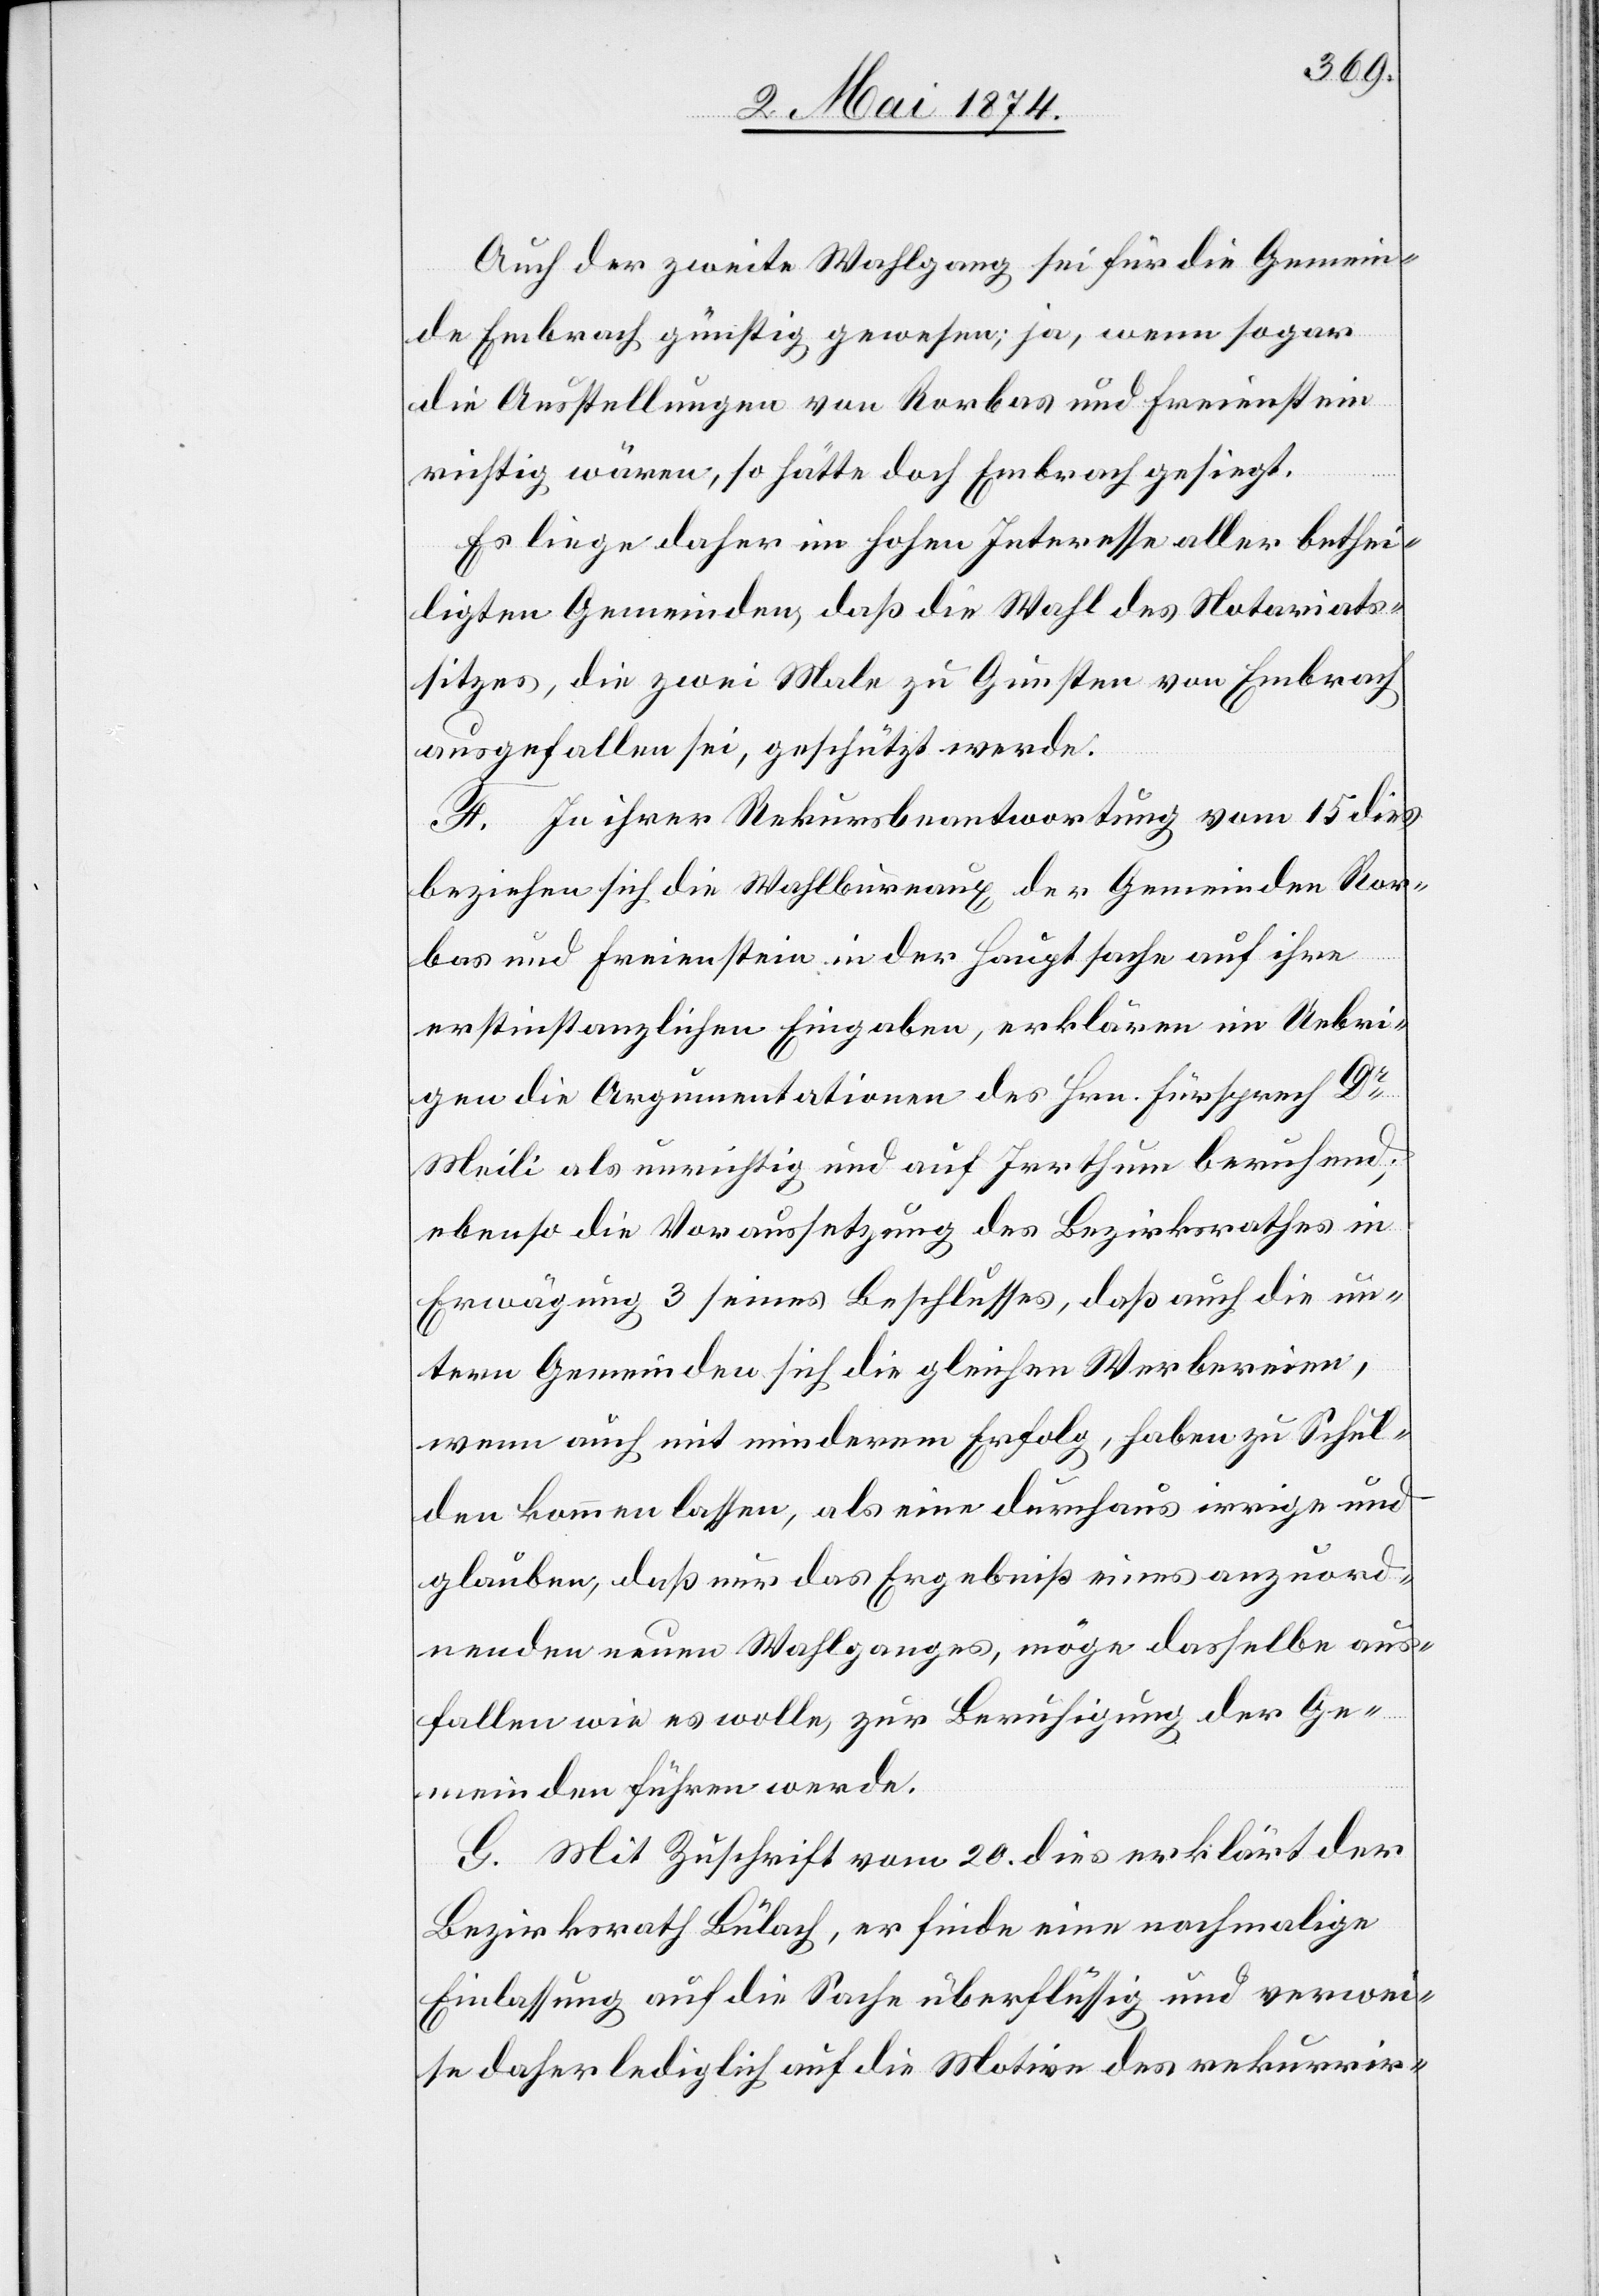
Auch der zweite Wahlgang sei für die Gemein¬
de Embrach günstig gewesen; ja, wenn sogar
die Ausstellungen von Rorbas und Freienstein
richtig wären, so hätte doch Embrach gesiegt.
Es liege daher im Hohen Interesse aller bethei¬
ligten Gemeinden, daß die Wahl des Notariats¬
sitzes, die zwei Male zu Gunsten von Embrach
ausgefallen sei, geschützt werde.
F. In ihrer Rekursbeantwortung vom 15. dies
beziehen sich die Wahlbureaux der Gemeinden Ror¬
bas und Freienstein in der Hauptsache auf ihre
erstinstanzlichen Eingaben, erklären im Uebri¬
gen die Argumentationen des Hrn. Fürsprech Dr
Meili als unrichtig und auf Irrthum beruhend;
ebenso die Voraussetzung des Bezirksrathes in
Erwägung 3 seines Beschlusses, daß auch die un¬
tern Gemeinden sich die gleichen Werbereien,
wenn auch mit minderem Erfolg, haben zu Schul¬
den kommen lassen, als eine durchaus irrige und
glauben, daß nur das Ergebniß eines anzuord¬
nenden neuen Wahlganges, möge dasselbe aus¬
fallen wie es wolle, zur Beruhigung der Ge¬
meinden führen werde.
G. Mit Zuschrift vom 20. dies erklärt der
Bezirksrath Bülach, er finde eine nochmalige
Einlassung auf die Sache überflüssig und verwei¬
se daher lediglich auf die Motive des rekurrir-